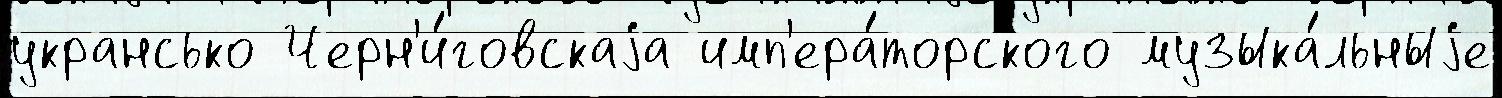
укрансько Черн'и́говскаjа имп'ера́торского музыка́льныjе